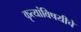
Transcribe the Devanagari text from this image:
कृत्यांविषयीचे